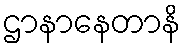
ဌာနာနေတာနိ